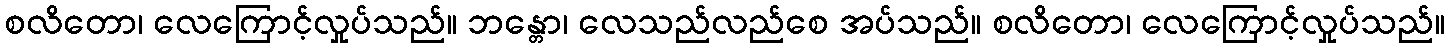
စလိတော၊ လေကြောင့်လှုပ်သည်။ ဘန္တော၊ လေသည်လည်စေ အပ်သည်။ စလိတော၊ လေကြောင့်လှုပ်သည်။